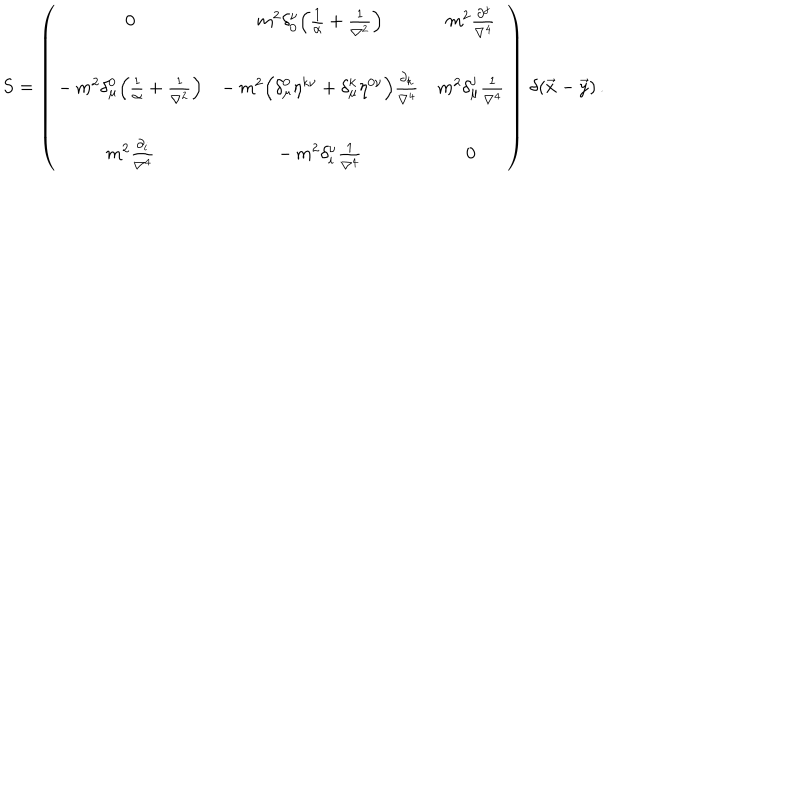
LaTeX: S = \left( \begin{array} { c c c } { { 0 } } & { { m ^ { 2 } \delta _ { 0 } ^ { \nu } \Bigl ( \frac { 1 } { \alpha } + \frac { 1 } { \nabla ^ { 2 } } \Bigr ) } } & { { m ^ { 2 } \frac { \partial ^ { j } } { \nabla ^ { 4 } } } } \\ { { } } & { { } } & { { } } \\ { { - \, m ^ { 2 } \delta _ { \mu } ^ { 0 } \Bigl ( \frac { 1 } { \alpha } + \frac { 1 } { \nabla ^ { 2 } } \Bigr ) } } & { { - \, m ^ { 2 } \Bigl ( \delta _ { \mu } ^ { 0 } \eta ^ { k \nu } + \delta _ { \mu } ^ { k } \eta ^ { 0 \nu } \Bigr ) \frac { \partial _ { k } } { \nabla ^ { 4 } } } } & { { m ^ { 2 } \delta _ { \mu } ^ { j } \frac { 1 } { \nabla ^ { 4 } } } } \\ { { } } & { { } } & { { } } \\ { { m ^ { 2 } \frac { \partial _ { i } } { \nabla ^ { 4 } } } } & { { - \, m ^ { 2 } \delta _ { i } ^ { \nu } \frac { 1 } { \nabla ^ { 4 } } } } & { { 0 } } \\ \end{array} \right) \, \delta ( \vec { x } - \vec { y } ) \, .